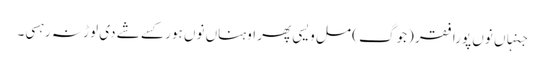
جنہاں نوں پورا فقر (جوگ ) مل ویسی پھر اوہناں نوں ہور کسے شے دی لوڑ نہ رہسی۔